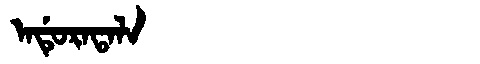
Manchu: ᠠᡩᡠᡵᠠᡨᠠᠯᠠ
Romanization: ADURATALA